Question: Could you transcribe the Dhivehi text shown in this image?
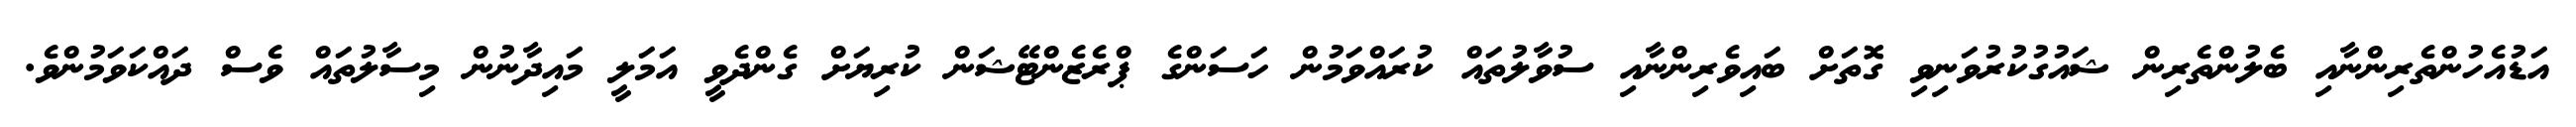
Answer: އަޑުއެހުންތެރިންނާއި ބެލުންތެރިން ޝައުގުކުރުވަނިވި ގޮތަށް ބައިވެރިންނާއި ސުވާލުތައް ކުރައްވަމުން ހަސަންގެ ޕްރެޒެންޓޭޝަން ކުރިޔަށް ގެންދެވީ އަމަލީ މައިދާނުން މިސާލުތައް ވެސް ދައްކަވަމުންވެ.